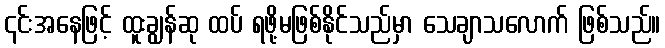
၎င်းအနေဖြင့် ထူးချွန်ဆု ထပ် ရဖို့မဖြစ်နိုင်သည်မှာ သေချာသလောက် ဖြစ်သည်။